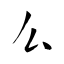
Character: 么